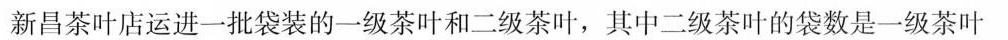
新昌茶叶店运进一批袋装的一级茶叶和二级茶叶，其中二级茶叶的袋数是一级茶叶